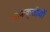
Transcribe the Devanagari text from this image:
पाककृतीयों